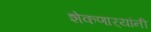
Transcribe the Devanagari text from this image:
शेकणार्‍यांनी